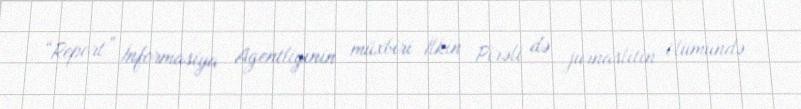
“Report” İnformasiya Agentliyinin müxbiri İlkin Pirəli də jurnaslitin ölümündə